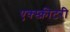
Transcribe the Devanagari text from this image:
एक्स्क्रीटरी